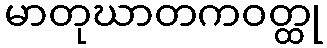
မာတုဃာတကဝတ္ထု